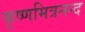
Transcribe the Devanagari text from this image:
कृष्णमित्रनन्द